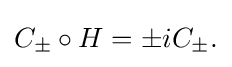
\displaystyle {C_{\pm }\circ H=\pm iC_{\pm }.}